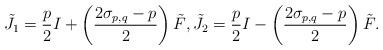
LaTeX: \begin{align*}\tilde{J}_{1}=\frac{p}{2}I+\left( \frac{2\sigma _{p,q}-p}{2}\right) \tilde{F},\tilde{J}_{2}=\frac{p}{2}I-\left( \frac{2\sigma _{p,q}-p}{2}\right) \tilde{F}. \end{align*}